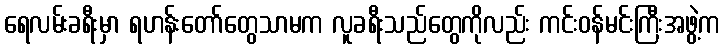
ရေလမ်းခရီးမှာ ရဟန်းတော်တွေသာမက လူခရီးသည်တွေကိုလည်း ကင်းဝန်မင်းကြီးအဖွဲ့က